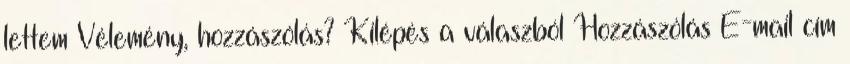
lettem Vélemény, hozzászólás? Kilépés a válaszból Hozzászólás E-mail cím